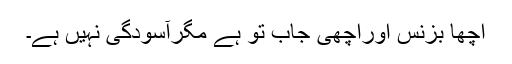
اچھا بزنس اوراچھی جاب تو ہے مگرآسودگی نہیں ہے۔